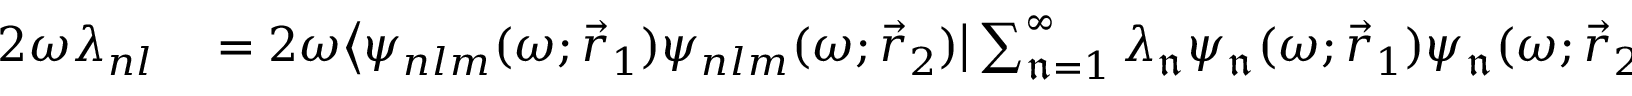
\begin{array} { r l } { 2 \omega \lambda _ { n l } } & { { } = 2 \omega \bigl \langle \psi _ { n l m } ( \omega ; \vec { r } _ { 1 } ) \psi _ { n l m } ( \omega ; \vec { r } _ { 2 } ) \big | \sum _ { \mathfrak { n } = 1 } ^ { \infty } \lambda _ { \mathfrak { n } } \psi _ { \mathfrak { n } } ( \omega ; \vec { r } _ { 1 } ) \psi _ { \mathfrak { n } } ( \omega ; \vec { r } _ { 2 } ) \bigr \rangle } \end{array}